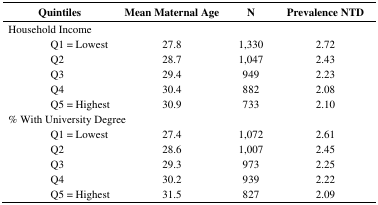
| <COLSPAN=2> Quintiles | Mean Maternal Age | N | Prevalence NTD |
 | --- | --- | --- | --- | --- |
 | <COLSPAN=2> Household Income |  |  |  |
 |  | Q1 = Lowest | 27.8 | 1,330 | 2.72 |
 |  | Q2 | 28.7 | 1,047 | 2.43 |
 |  | Q3 | 29.4 | 949 | 2.23 |
 |  | Q4 | 30.4 | 882 | 2.08 |
 |  | Q5 = Highest | 30.9 | 733 | 2.10 |
 | <COLSPAN=3> % With University Degree |  |  |
 |  | Q1 = Lowest | 27.4 | 1,072 | 2.61 |
 |  | Q2 | 28.6 | 1,007 | 2.45 |
 |  | Q3 | 29.3 | 973 | 2.25 |
 |  | Q4 | 30.2 | 939 | 2.22 |
 |  | Q5 = Highest | 31.5 | 827 | 2.09 |